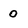
Character: 0